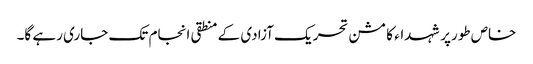
خاص طورپر شہداء کا مشن تحریک آزادی کے منطقی انجام تک جاری رہے گا۔